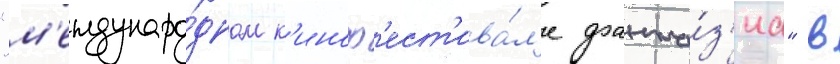
"м'еждунаро́дном к'иноф'ест'ива́л'е фанта́з'иа" в